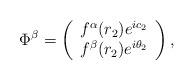
LaTeX: \begin{align*}\Phi^{\beta}=\left(\begin{array}{c} f^{\alpha}(r_{2})e^{i c_{2}} \\ f^{\beta}(r_{2})e^{i\theta_{2}} \end{array}\right),\end{align*}